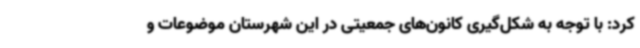
کرد: با توجه به شکل‌گیری کانون‌های جمعیتی در این شهرستان موضوعات و